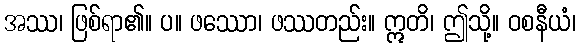
အဿ၊ ဖြစ်ရာ၏။ ပ။ ဖဿော၊ ဖဿတည်း။ ဣတိ၊ ဤသို့။ ဝစနီယံ၊